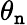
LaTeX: \theta_{\mathtt{n}}